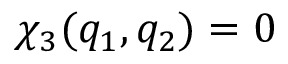
\chi _ { 3 } ( q _ { 1 } , q _ { 2 } ) = 0